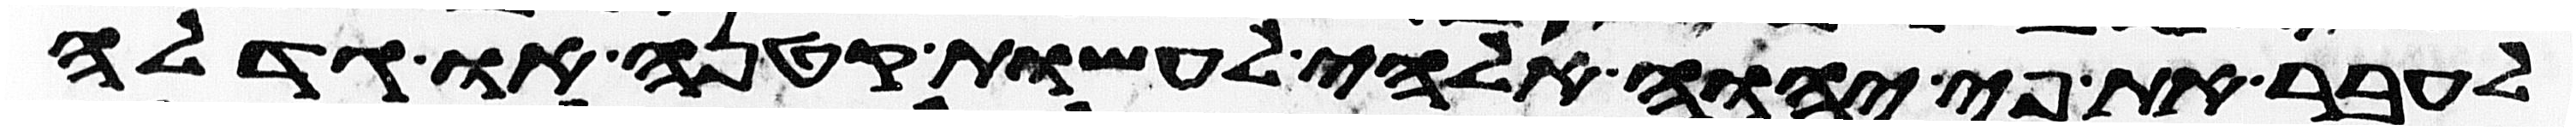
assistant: אעבר את פי יהוה אלהי לעשות קטנה או גדלה